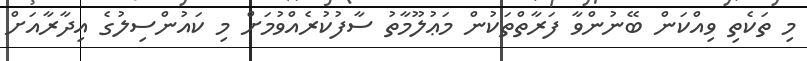
މި ތަކެތި ވިއްކަން ބޭނުންވާ ފަރާތްތަކުން މަޢުލޫމާތު ސާފުކުރެއްވުމަށް މި ކައުންސިލުގެ އިދާރާއަށް